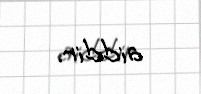
aiddir.